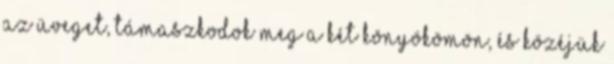
az üveget, támaszkodok meg a két könyökömön, és közéjük